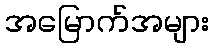
အမြောက်အများ